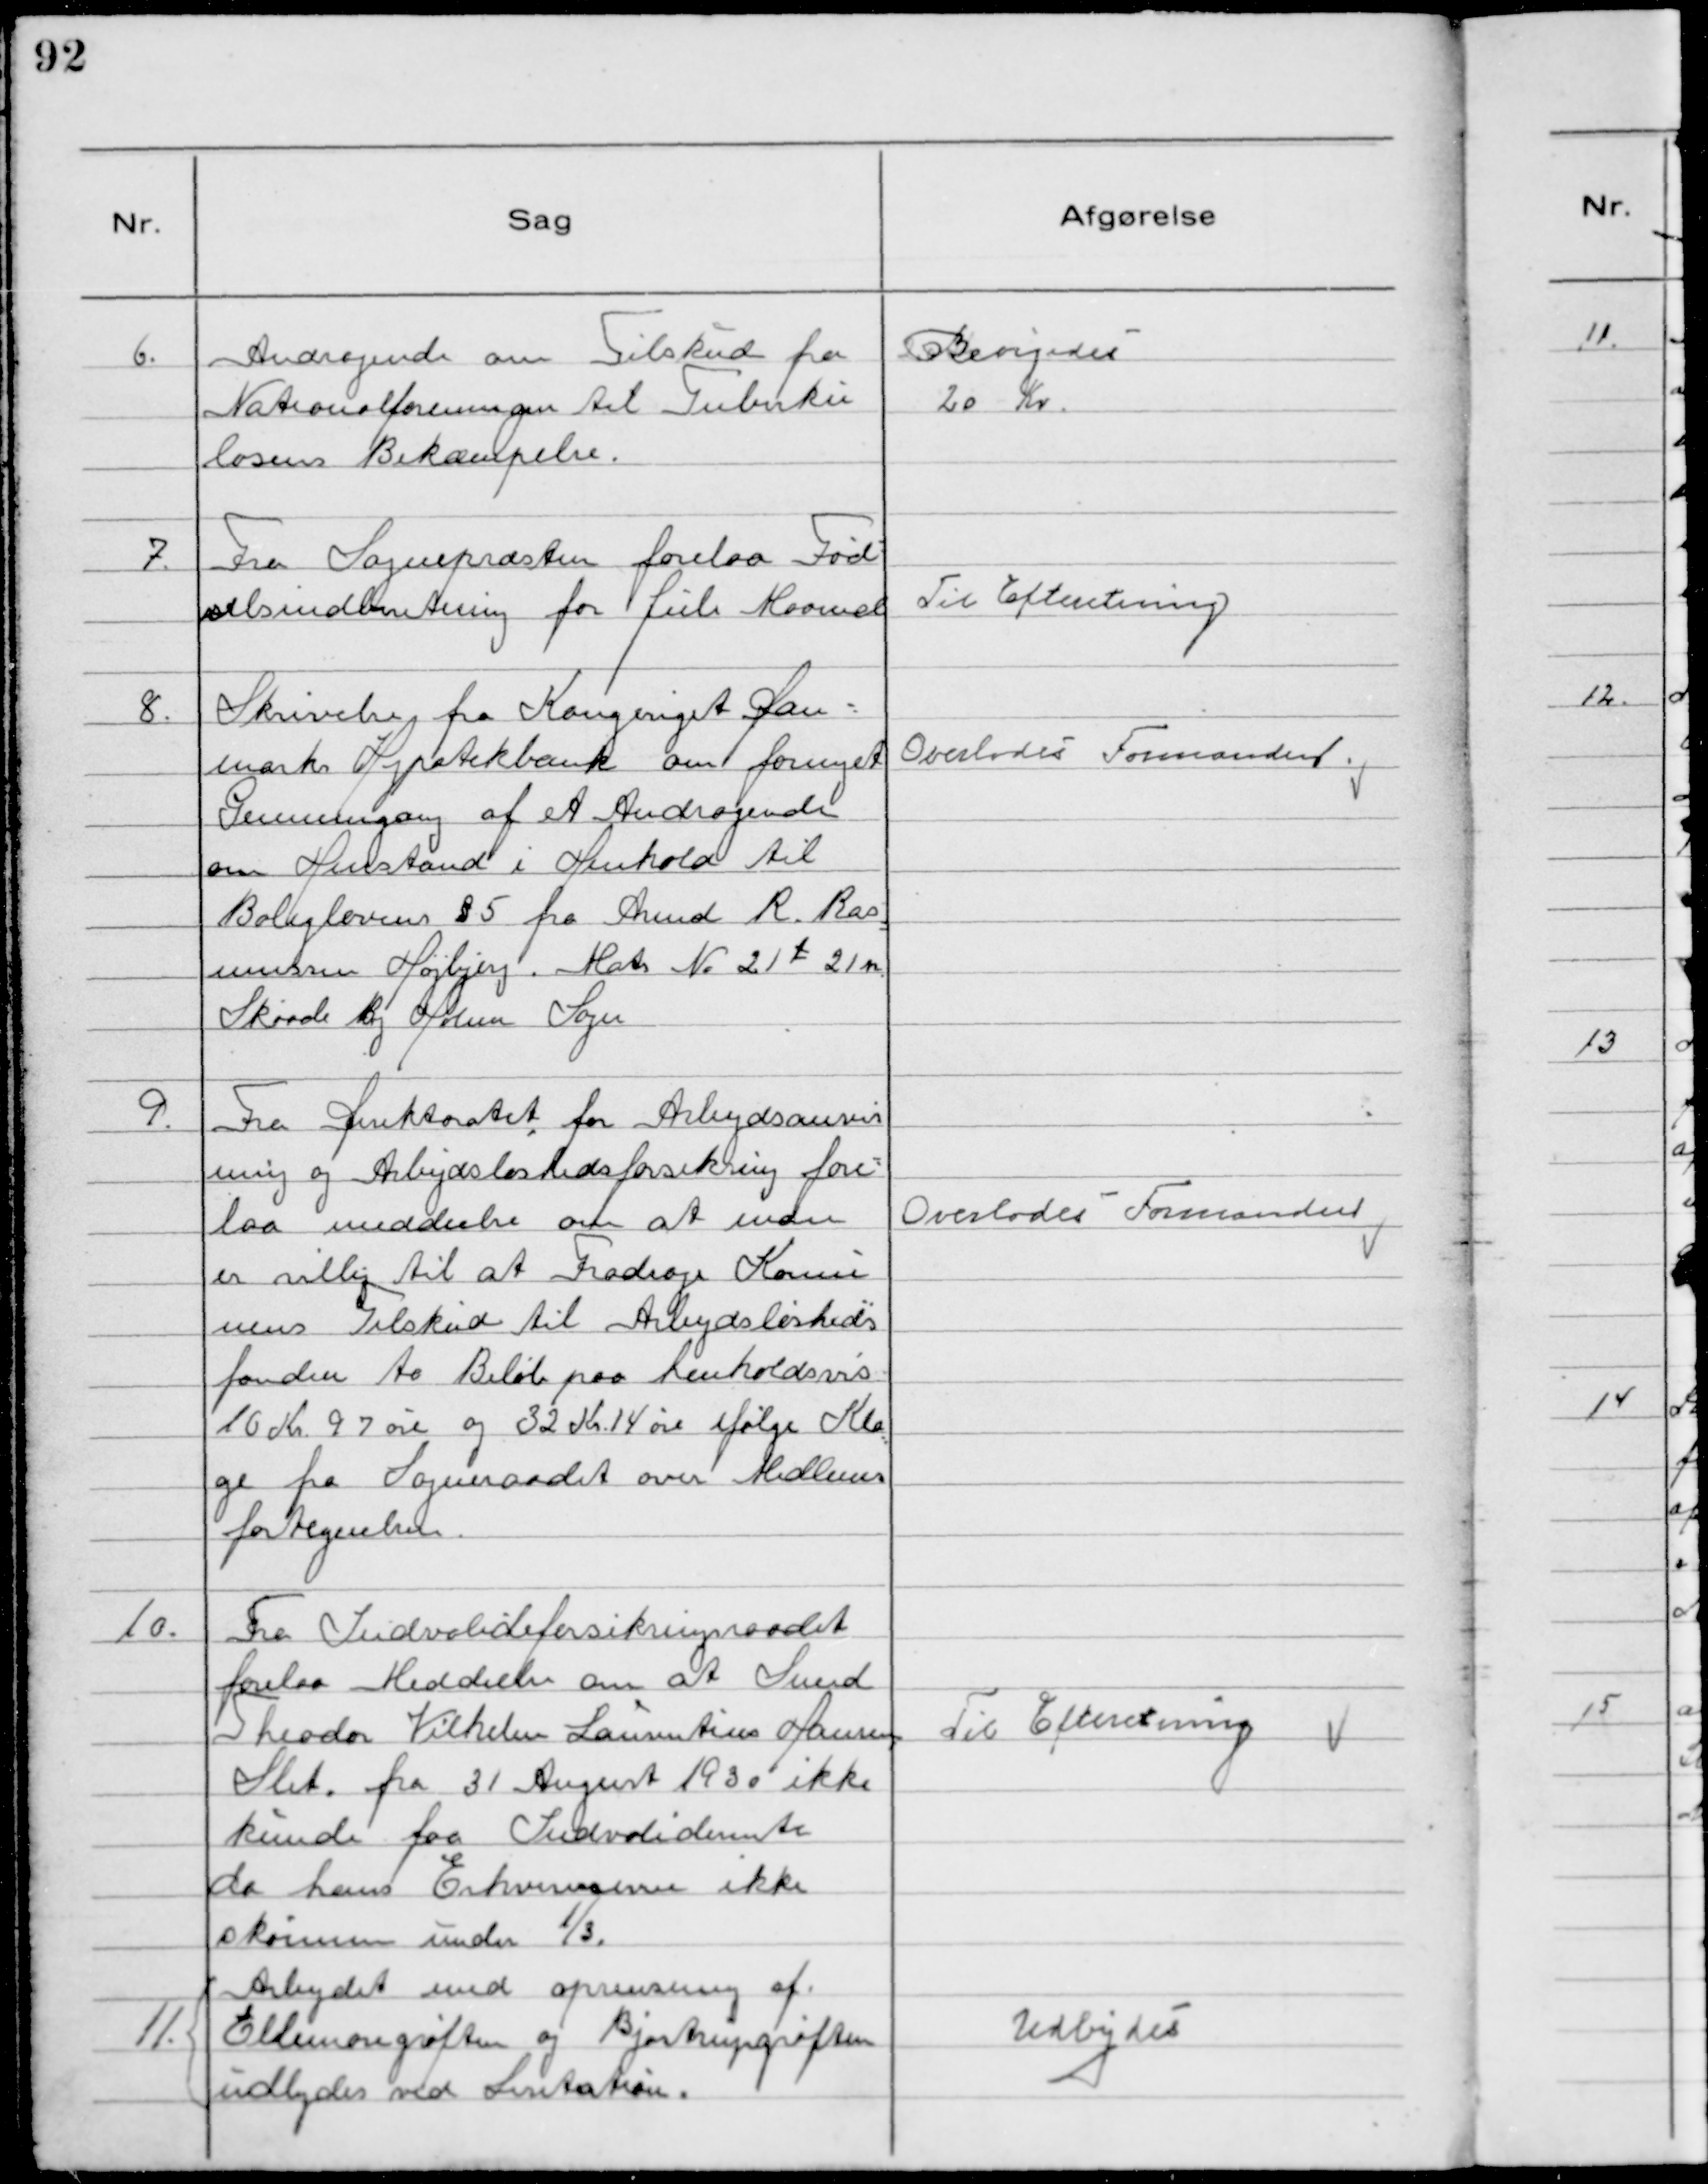
Transskription:
6. Andragende om Tilskud fra
Nationalforeningen til Tuberku
losens Bekæmpelse.

Bevilgedes
20 Kr.

7. Fra Sognepræsten forelaa Fød-
selsindberetning for Juli Maaned

Til Efteretning

8. Skrivelse fra Kongeriget Dan-
marks Hypotekbank om fornyet
Gennemgang af et Andragende
om Henstand i Henhold til
Boliglovens §5 fra Armd R. Ras-
mussen Højbjerg. Matr №21 t 21 h
Skaade By Holme Sogn

Overlodes Formanden.

9. Fra Direktoratet for Arbejdsanvis
ning og Arbejdsløshedsforsikring fore-
laa meddeelse om at man
er villig til at Fradrage Kommu
nens Tilskud til Arbejdsløsheds
fonden to Beløb paa henholdsvis
16 K.r 97 øre og 32 Kr. 14 øre ifølge Kla
ge fra Sogneraadet over Medlems
fortegnelsen.

Overlodes Formanden

10. Fra Indvalideforsikringsraadet
forelaa Meddeelse om at Svend
Theodor Vilhelm Laurentius Hansen
Slet. fra 31 August 1930 ikke
kunde faa Indvaliderente
da hans Erhvervsevne ikke
skønnes under ⅓.

Til Efteretning

Arbejdet med oprensning af
11. Ellemosegrøften og Bjøstrupgrøften
udbydes ved Lisitation.

Udbydes